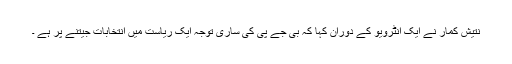
نتیش کمار نے ایک انٹرویو کے دوران کہا کہ بی جے پی کی ساری توجہ ایک ریاست میں انتخابات جیتنے پر ہے ۔